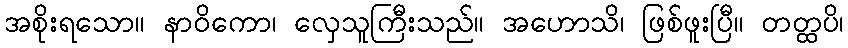
အစိုးရသော။ နာဝိကော၊ လှေသူကြီးသည်။ အဟောသိ၊ ဖြစ်ဖူးပြီ။ တတ္ထပိ၊